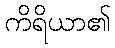
ကိရိယာ၏